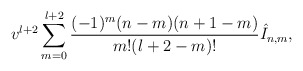
\begin{align*} v^{l+2}\sum_{m=0}^{l+2}\frac{(-1)^m(n-m)(n+1-m)}{m!(l+2-m)!}\hat{I}_{n,m},\end{align*}